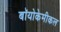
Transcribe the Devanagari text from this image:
बॉयोकेमीकल